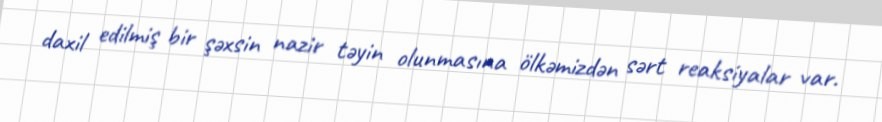
daxil edilmiş bir şəxsin nazir təyin olunmasına ölkəmizdən sərt reaksiyalar var.